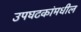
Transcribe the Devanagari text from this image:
उपघटकांमधील